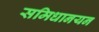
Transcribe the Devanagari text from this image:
समिधानयन